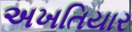
અખતિયાર